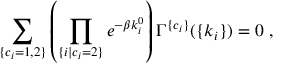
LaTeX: \sum _ { \{ c _ { i } = 1 , 2 \} } \left( \prod _ { \{ i | c _ { i } = 2 \} } e ^ { - \beta k _ { i } ^ { 0 } } \right) \Gamma ^ { \{ c _ { i } \} } ( \{ k _ { i } \} ) = 0 \; ,